Juuru_vallavalitsus, lk 8
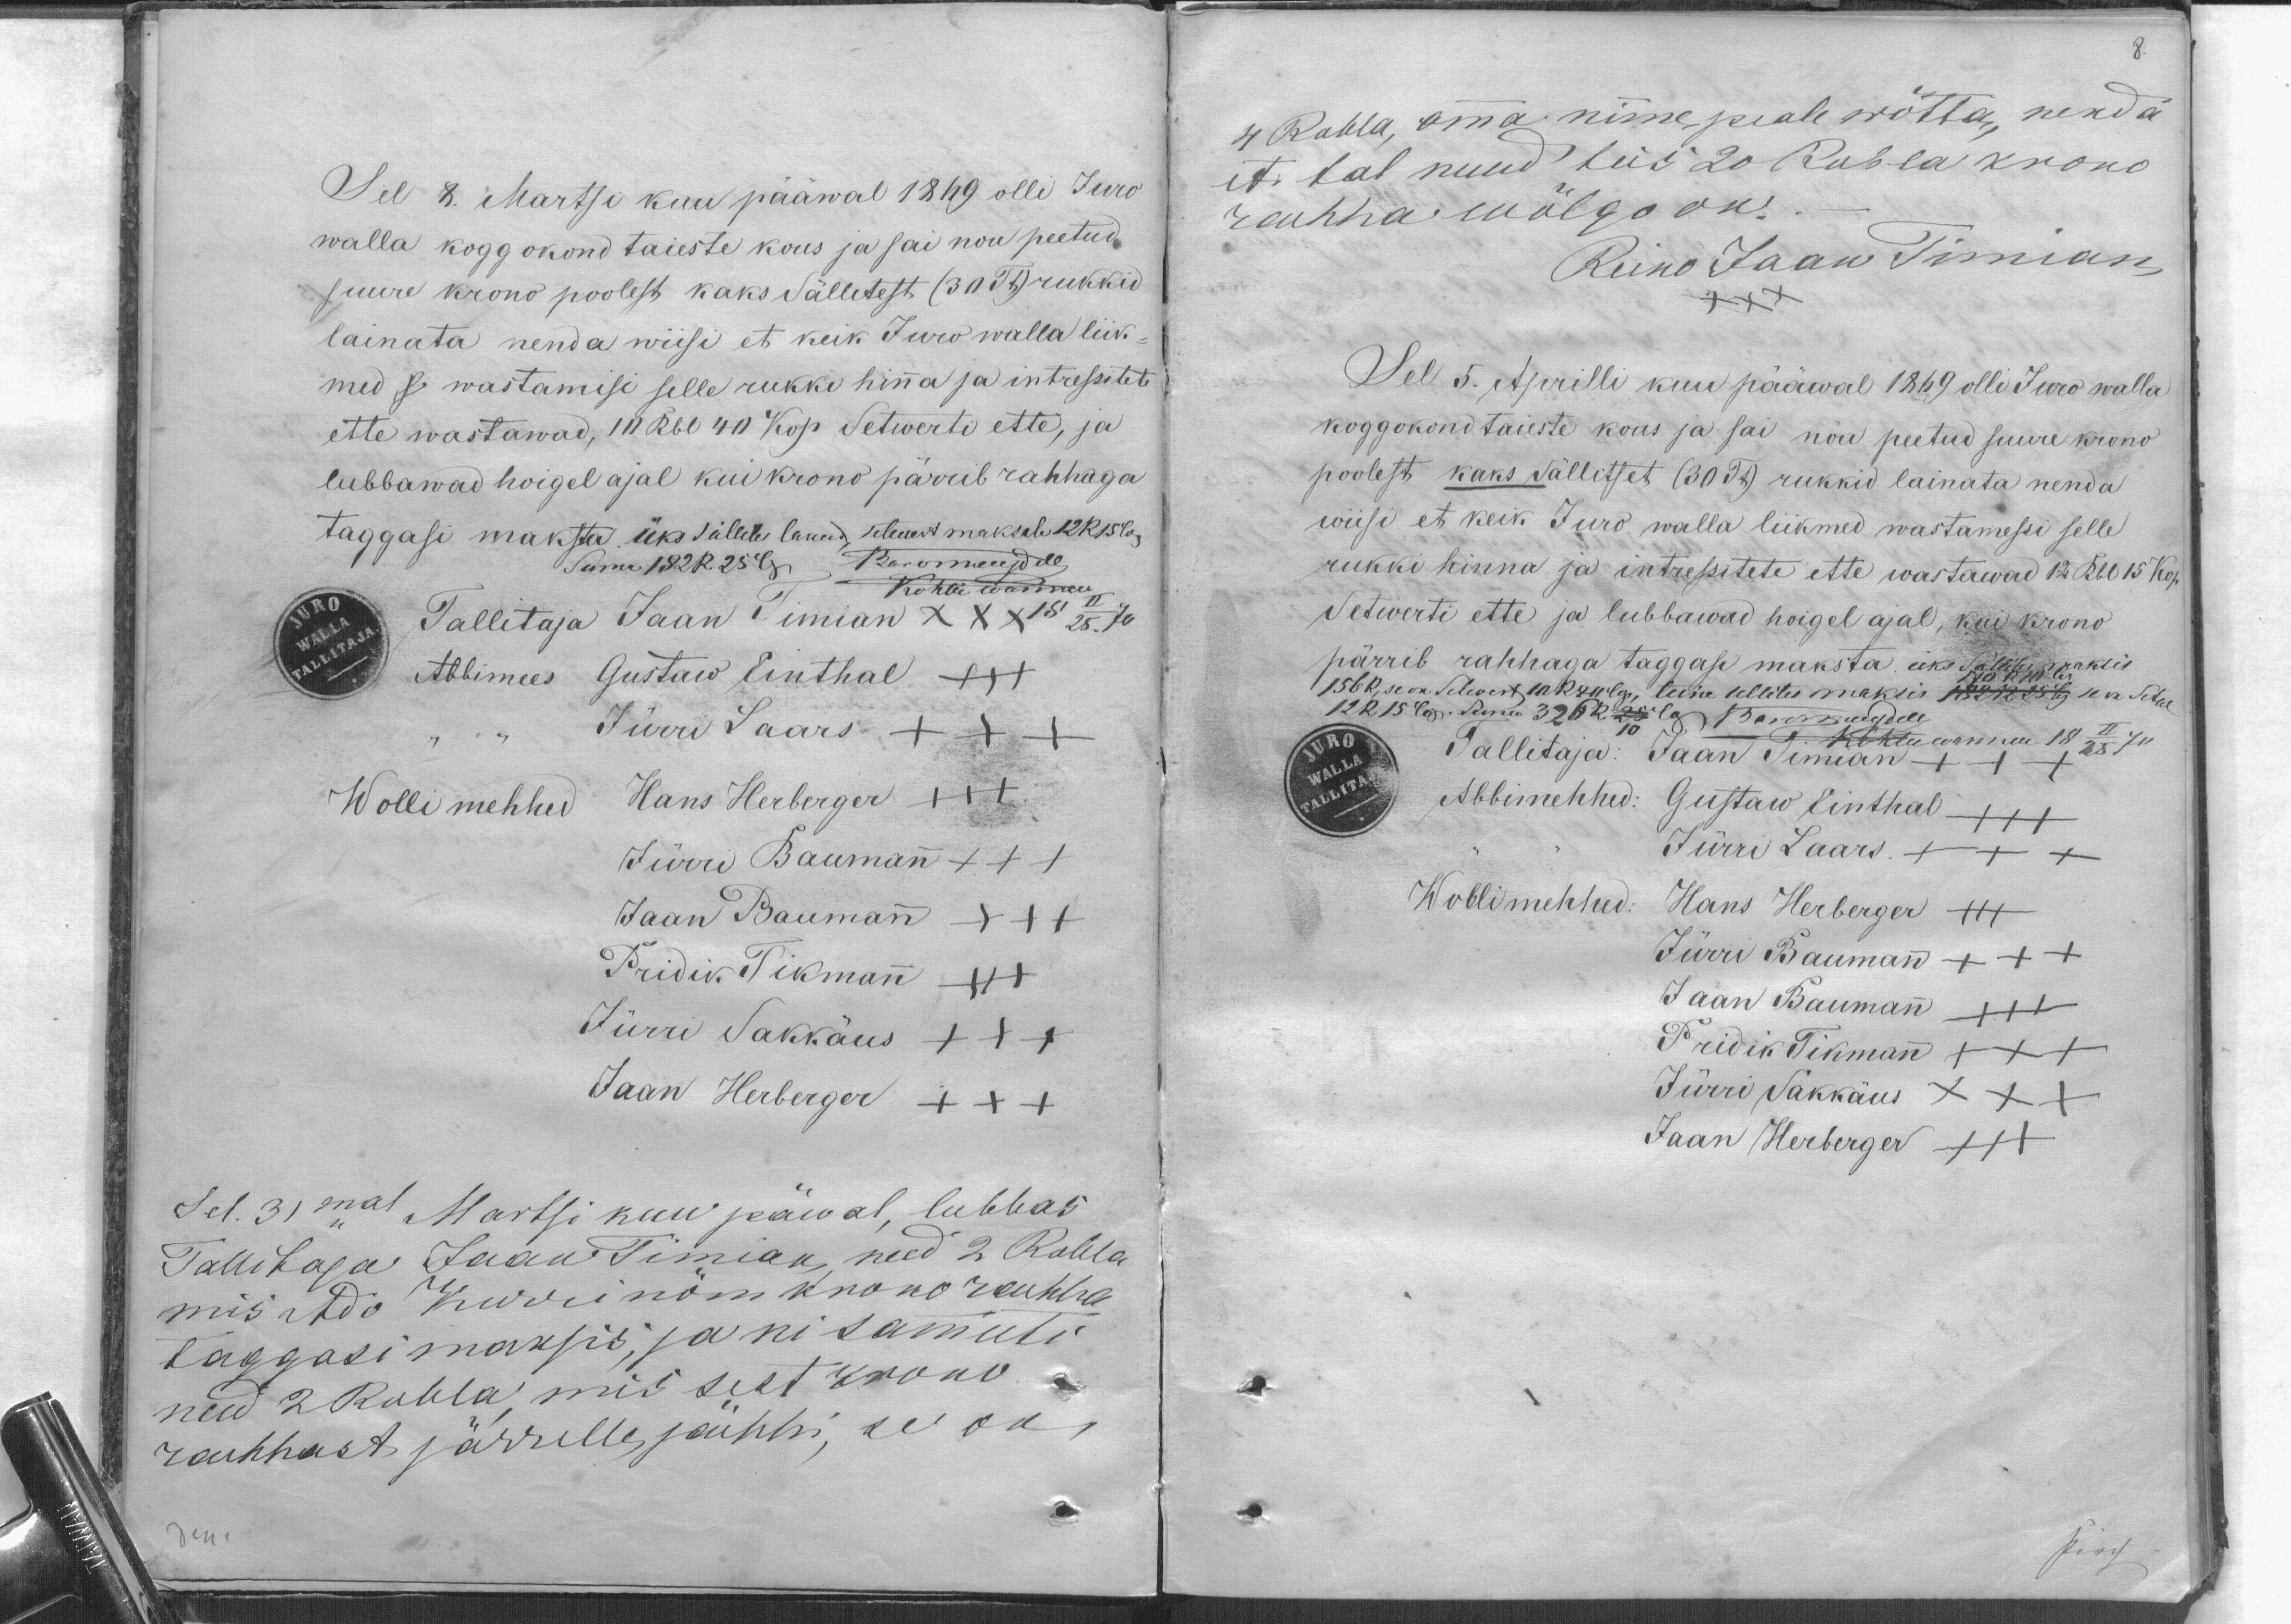
8.

Sel 8. Martsi kuu pääwal 1849 olli Juro
walla koggokond taieste kous ja sai nou peetud
suure krono poolest kaks Sälletest (30 Tk) rukkid
lainata nenda wiisi et keik Juro walla liik-
med se wastamisi selle rukki hinna ja intressitete
ette wastawad, 10 Rbl 40 kop. Setwerti ette, ja
lubbawad hoigel ajal kui krono pärrib rahhaga
taggasi maksta üks tällele lnw. setewst maksab 12R 15los
Suma 182K 25 a Karomeendile
Kohtu wannem
Tallitaja Jaan Timian x X X 15  II/25. 70
Abbimees Gustaw Einthal +++
Jürri Saars XXX
Wollimehhed Hans Herberger XXX
Jürri Baumann XXX
Jaan Baumann XXX
Pridik Tikmann XXX
Jürri Sakkäus XXX
Jaan Herberger XXX
Sel. 31mal Martsi kuu päwal, lubbas
Tallitaja Jaan Timian, need 2 Rubla
mis Ado Kurrinõm krono rahha
taggasi maksid, ja ni samuti
need 2 Rubla, mis sest krono
rauhhast järrelle jähhi, se on

4 Rubla, oma nime peale wõtta, nenda
it tal muud teis 20 Rubla krono
rahha wõlgo on.-
Reino Jaan Timian,
XXX
Sel 5. Aprilli kuu pääwal 1869 olli Juro walla
koggokond täieste kous ja sai nõu peetud suure krono
poolest kaks Sällitset (30 Tk) rukkid lainata nenda
wiisi et keik Juro walla liikmed wastamessi selle
rukki hinna ja intressitete ette wastawad 12 Rbl 15 Kop.
Setwerti ette ja lubbawad hoigel ajal, kui krono
pärrib rahhaga taggasi maksta üks Sällitset maksis
15bR, se on Selevest 10 R xii lgs. teise sellites maksis NORM le va Setsel
12 R 15 leg. Aeneo 32 bR 10 lg Baronberger
Allkiri kohtu wanem 18 II/25 70
Tallitaja: Jaan Timian +++
Abbimehhed: Gustaw Einthal XXX
Jürri Laars XXX
Wollimehhed: Hans Herberger +++
Jürri Baumann +++
Jaan Baumann XXX
Pridik Tikmann XXX
Jürri Sakkäus XXX
Jaan Herberger XXX